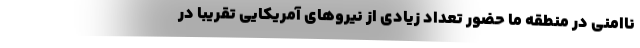
ناامنی در منطقه ما حضور تعداد زیادی از نیروهای آمریکایی تقریباً در